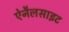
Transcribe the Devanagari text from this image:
ऐनैलसाइट